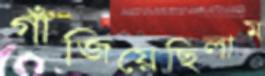
গাঁজিয়েছিলাম